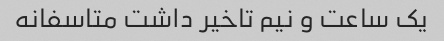
یک ساعت و نیم تاخیر داشت متاسفانه